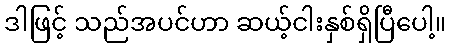
ဒါဖြင့် သည်အပင်ဟာ ဆယ့်ငါးနှစ်ရှိပြီပေါ့။